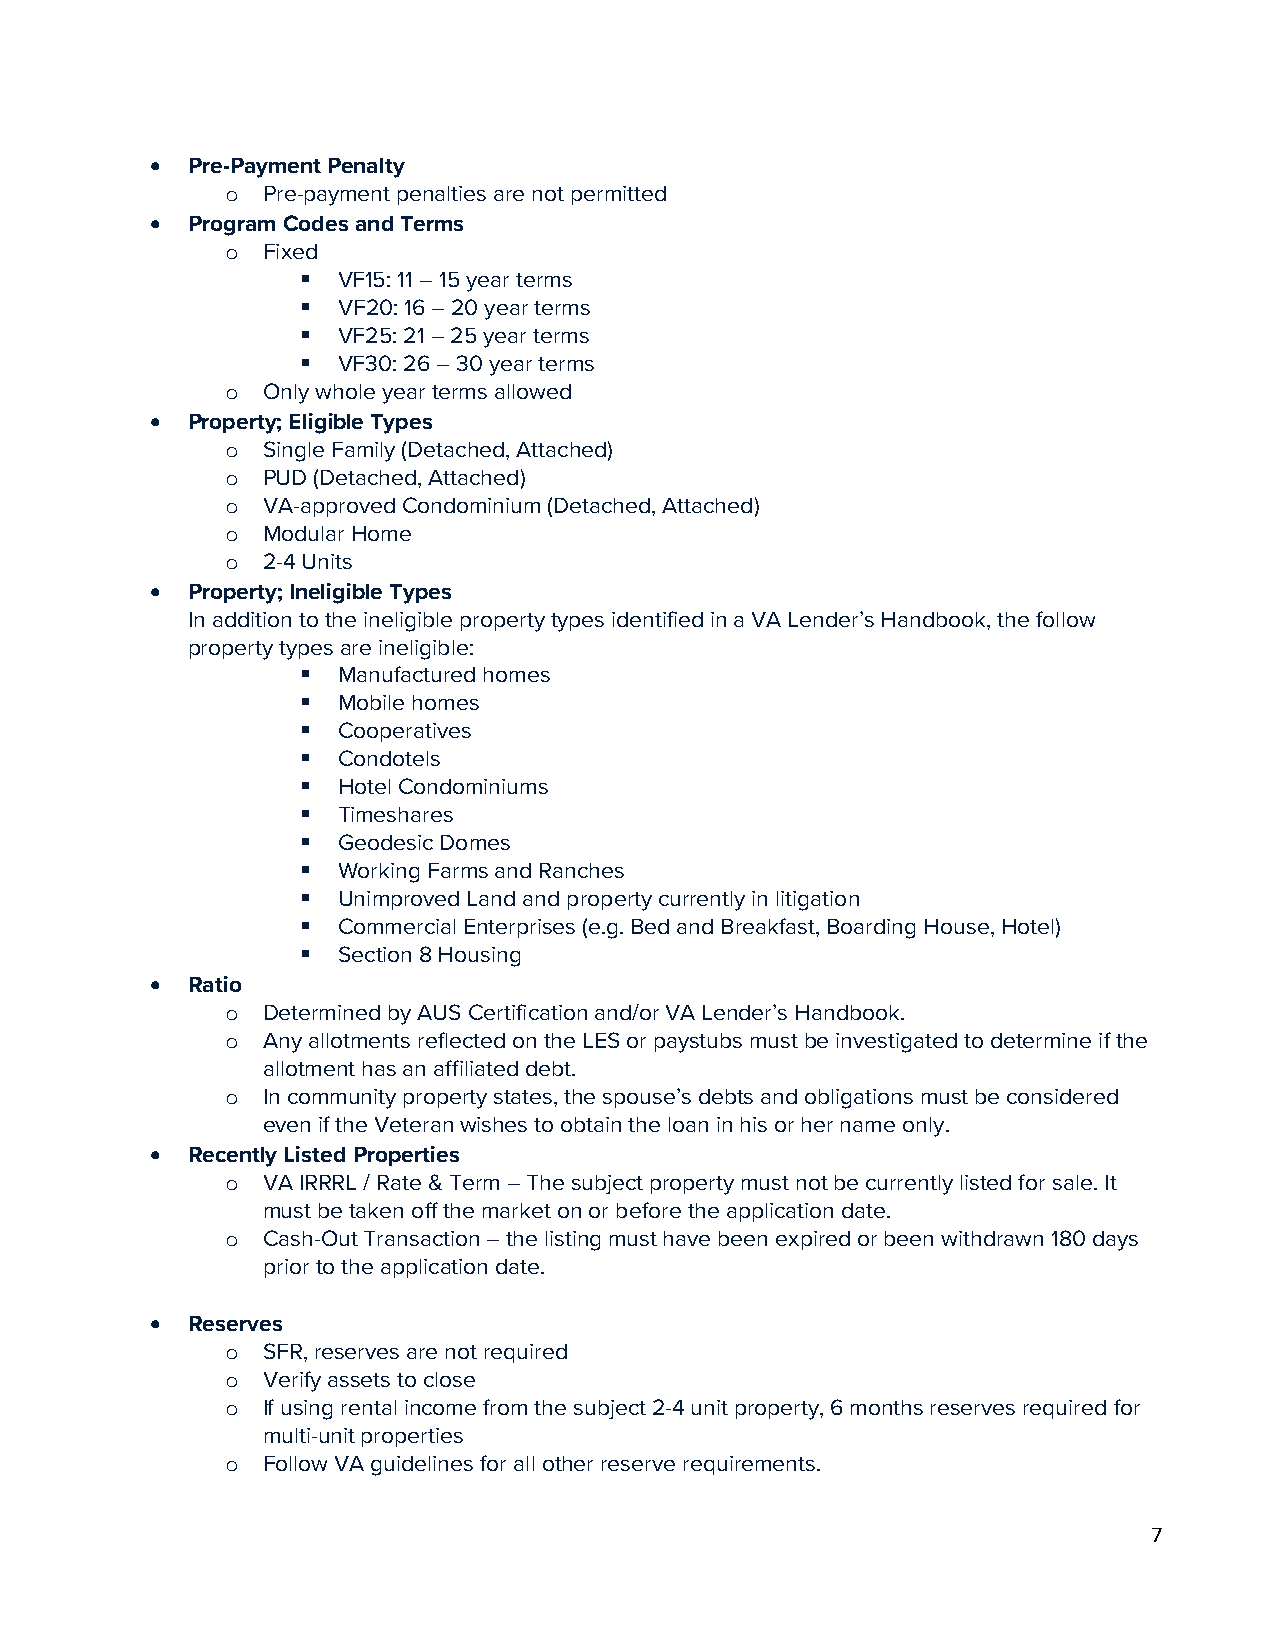
• Pre-Payment Penalty
 Pre-payment penalties are not permitted
 o
 • Program Codes and Terms
 Fixed
 o
  VF15: 11 – 15 year terms
  VF20: 16 – 20 year terms
  VF25: 21 – 25 year terms
  VF30: 26 – 30 year terms
 Only whole year terms allowed
 o
 • Property; Eligible Types
 Single Family (Detached, Attached)
 o
 PUD (Detached, Attached)
 o
 VA-approved Condominium (Detached, Attached)
 o
 Modular Home
 o
 2-4 Units
 o
 • Property; Ineligible Types
 In addition to the ineligible property types identified in a VA Lender’s Handbook, the follow
 property types are ineligible:
  Manufactured homes
  Mobile homes
  Cooperatives
  Condotels
  Hotel Condominiums
  Timeshares
  Geodesic Domes
  Working Farms and Ranches
  Unimproved Land and property currently in litigation
  Commercial Enterprises (e.g. Bed and Breakfast, Boarding House, Hotel)
  Section 8 Housing
 • Ratio
 Determined by AUS Certification and/or VA Lender’s Handbook.
 o
 Any allotments reflected on the LES or paystubs must be investigated to determine if the
 o
 allotment has an affiliated debt.
 In community property states, the spouse’s debts and obligations must be considered
 o
 even if the Veteran wishes to obtain the loan in his or her name only.
 • Recently Listed Properties
 VA IRRRL / Rate & Term – The subject property must not be currently listed for sale. It
 o
 must be taken off the market on or before the application date.
 Cash-Out Transaction – the listing must have been expired or been withdrawn 180 days
 o
 prior to the application date.
 • Reserves
 SFR, reserves are not required
 o
 Verify assets to close
 o
 If using rental income from the subject 2-4 unit property, 6 months reserves required for
 o
 multi-unit properties
 Follow VA guidelines for all other reserve requirements.
 o
 7